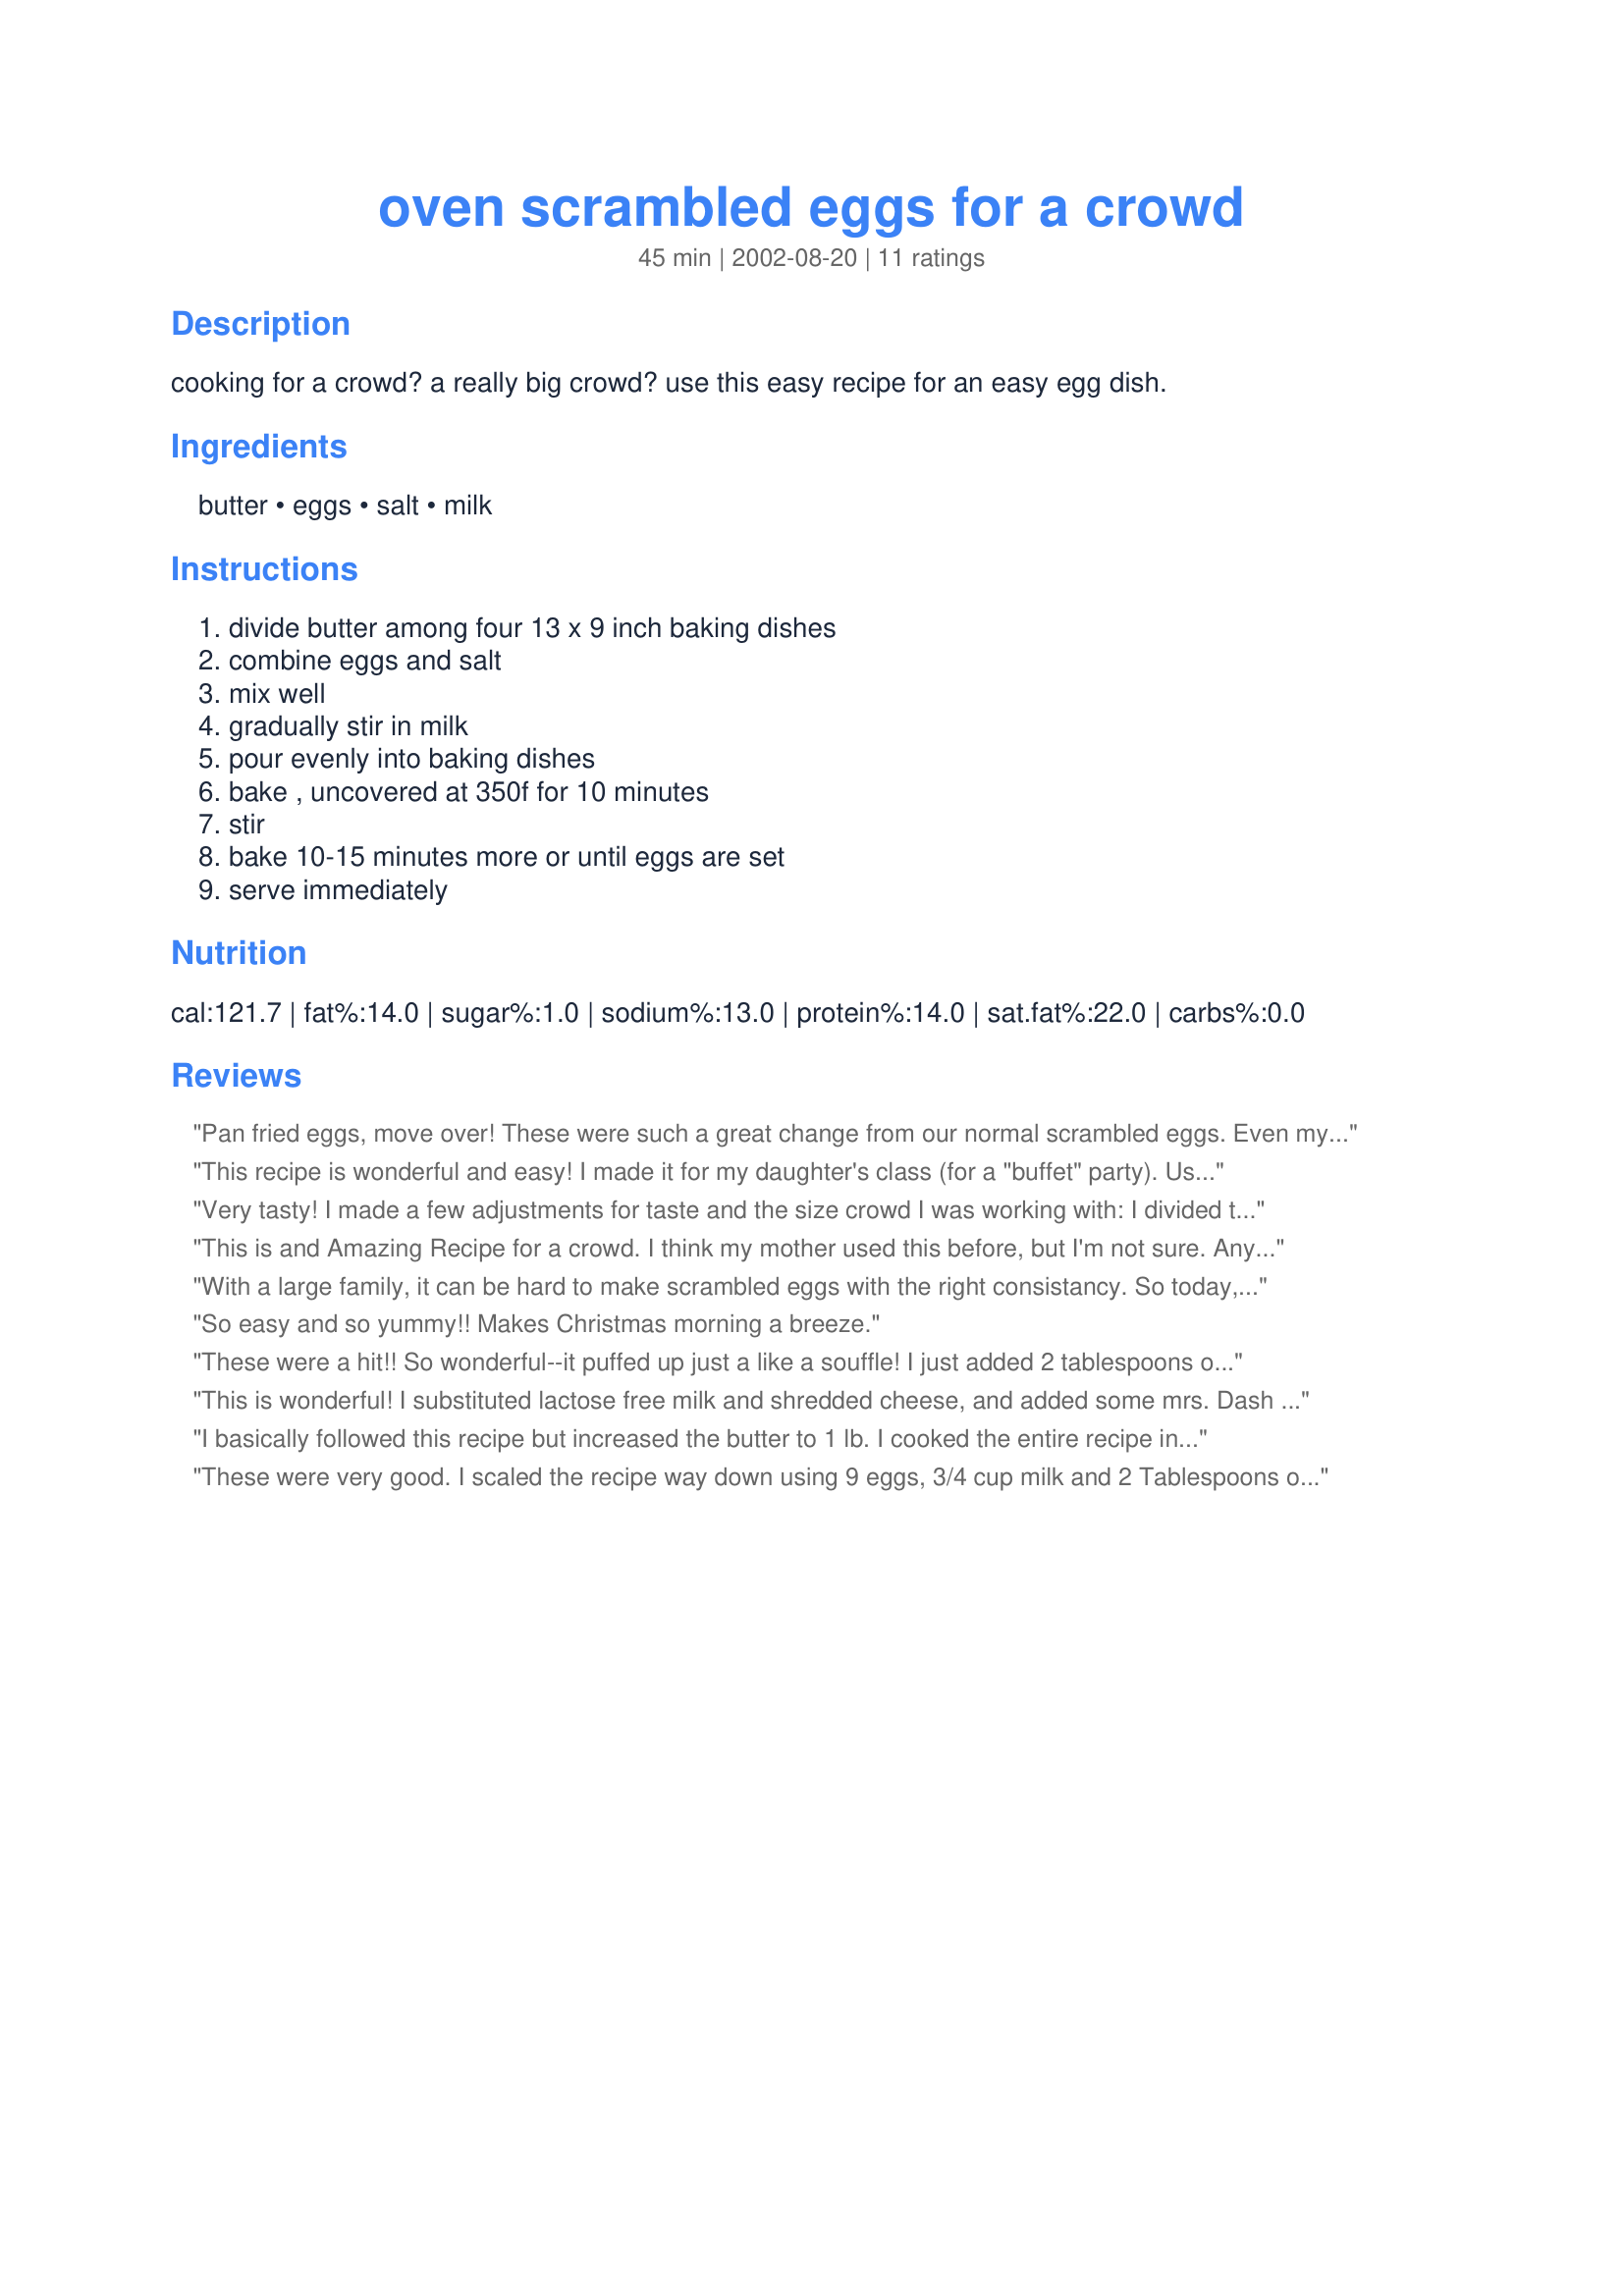
oven scrambled eggs for a crowd
Preparation time: 45 minutes

cooking for a crowd? a really big crowd? use this easy recipe for an easy egg dish.

Ingredients:
butter, eggs, salt, milk

Steps:
divide butter among four 13 x 9 inch baking dishes, combine eggs and salt, mix well, gradually stir in milk, pour evenly into baking dishes, bake , uncovered at 350f for 10 minutes, stir, bake 10-15 minutes more or until eggs are set, serve immediately

Reviews:
Pan fried eggs, move over! These were such a great change from our normal scrambled eggs. Even my picky, PICKY eater said,"These are really good," and had seconds. We adjusted the recipe to serve 10 (using 10 eggs) and it fed 6 people with only one serving left over (my breakfast tomorrow!) Thank you!
This recipe is wonderful and easy! I made it for my daughter's class (for a "buffet" party). Used 4 dozen eggs and cut everything else in half. Didn't have 4 baking dishes, so instead I used one very large roasting pan (14x18). Took a bit longer, maybe 10 minutes total; I then transferred to a preheated crockpot sprayed with PAM for transport. (Be careful not to overcook. I transferred it to the crockport just before transport -- looked great, hot upon arrival) Thanks so much for this recipe!
Very tasty! I made a few adjustments for taste and the size crowd I was working with: I divided the recipe in half; reduced the salt to approx. 2 1/2 teaspoons (instead of 4 1/2); I cooked it in one deep (steam-table) pan; added cooked, chopped bacon; added approx. 39 slices of cheese; also, it was cooked in a convection oven. I stirred the bacon and approx. 24 slices of cheese in at the halfway point (had to double the initial time to 20 min), stirred til melted, then laid the remaining 15 slices on top. I covered it with a lid and put it back in the oven for approximately 5 minutes, then put it in the steam table (on high) to finish while I finished cooking. They were a huge hit! The kids and staff kept coming in to see when snack was going to be ready...and one of the teens, upon hearing the boy next to him wasn't getting any eggs (seconds) said, "Are you crazy? Those eggs are kickin'!" :D All changes aside...you still have a great recipe, Miss Annie...thank you very much! :D
This is and Amazing Recipe for a crowd. I think my mother used this before, but I'm not sure. Anyway I used margarine instead of butter. And halved the recipe and it worked amazingly. Thank You.
With a large family, it can be hard to make scrambled eggs with the right consistancy. So today, was one of my sons 12th birthday and we went for it.... Wow this was great!!! We added dehydrated onions, ham and cheese to ours and made 1/4 recipe.... perfect eggs!!!
So easy and so yummy!! Makes Christmas morning a breeze.
These were a hit!! So wonderful--it puffed up just a like a souffle! I just added 2 tablespoons of sour cream after I poured in the milk and some sliced swiss cheese on top whil it was baking. I did not stir it while baking since I wanted a casserole type consistency. I adjusted the recipe to serve 20 ladies this AM and they all loved how light and tasty it was! Thanks Miss Annie!
This is wonderful! I substituted lactose free milk and shredded cheese, and added some mrs. Dash onion and herbs and I got rave reviews! The eggs are so smooth and light you just want to keep eating them.
I basically followed this recipe but increased the butter to 1 lb. I cooked the entire recipe in a very large steam table pan. It was good because it did not "slosh out" when stirring. Bake 30 minutes at 350 degrees, stir - I stirred in 1 lb. crumbled bacon. Then cooked again for 30 minutes and stirred once more at serving time. I quadrupled the recipe to serve 230 college students it was very well received.
These were very good. I scaled the recipe way down using 9 eggs, 3/4 cup milk and 2 Tablespoons of butter. They were fluffy and good. I'll probably use a little less milk next time for this amount of eggs. I baked mine at 375 for 25 min. total baking time. Thanks for an easy recipe!
These worked out great for me! And there were no leftovers! I quartered the recipe, using 1 dz large eggs and 1 dz extra large eggs, 2 cups skim milk, 1/2 cup whipping cream I needed to use up, 3/4 T salt, and a half cup butter. I used a half sterno pan, so while it was 3 qts like a 9x13, it has smaller dimensions but is deeper. I cooked it for 20 minutes at 350, and another 10 minutes at 375 because I was in a hurry. I did stir at the first ten minute mark, but it didn&#039;t really need it yet.
